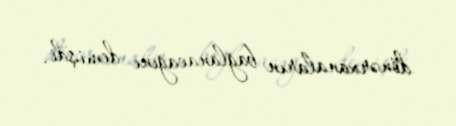
dönərxanaların bağlanacağını demişdi.